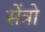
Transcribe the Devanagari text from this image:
सेंत्रो